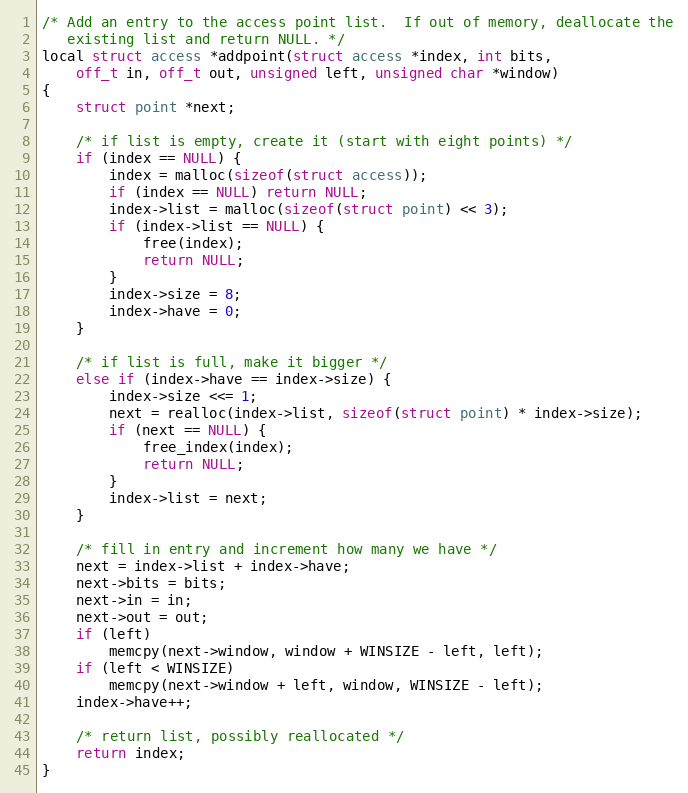
Language: C
/* Add an entry to the access point list.  If out of memory, deallocate the
   existing list and return NULL. */
local struct access *addpoint(struct access *index, int bits,
    off_t in, off_t out, unsigned left, unsigned char *window)
{
    struct point *next;

    /* if list is empty, create it (start with eight points) */
    if (index == NULL) {
        index = malloc(sizeof(struct access));
        if (index == NULL) return NULL;
        index->list = malloc(sizeof(struct point) << 3);
        if (index->list == NULL) {
            free(index);
            return NULL;
        }
        index->size = 8;
        index->have = 0;
    }

    /* if list is full, make it bigger */
    else if (index->have == index->size) {
        index->size <<= 1;
        next = realloc(index->list, sizeof(struct point) * index->size);
        if (next == NULL) {
            free_index(index);
            return NULL;
        }
        index->list = next;
    }

    /* fill in entry and increment how many we have */
    next = index->list + index->have;
    next->bits = bits;
    next->in = in;
    next->out = out;
    if (left)
        memcpy(next->window, window + WINSIZE - left, left);
    if (left < WINSIZE)
        memcpy(next->window + left, window, WINSIZE - left);
    index->have++;

    /* return list, possibly reallocated */
    return index;
}